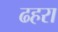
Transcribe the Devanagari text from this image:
ढहरा